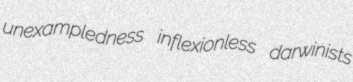
unexampledness inflexionless darwinists